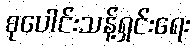
စုပေါင်းသန့်ရှင်းရေး